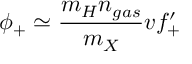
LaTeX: \phi _ { + } \simeq \frac { m _ { H } n _ { g a s } } { m _ { X } } v f _ { + } ^ { \prime }